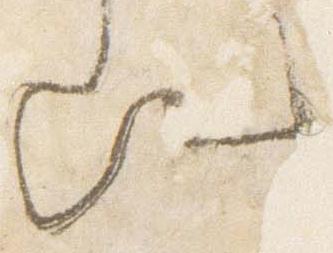
歟